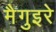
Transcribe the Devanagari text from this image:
मैगुइरे